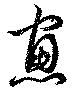
窓